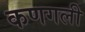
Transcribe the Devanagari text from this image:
कणगली